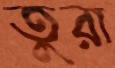
তুরা